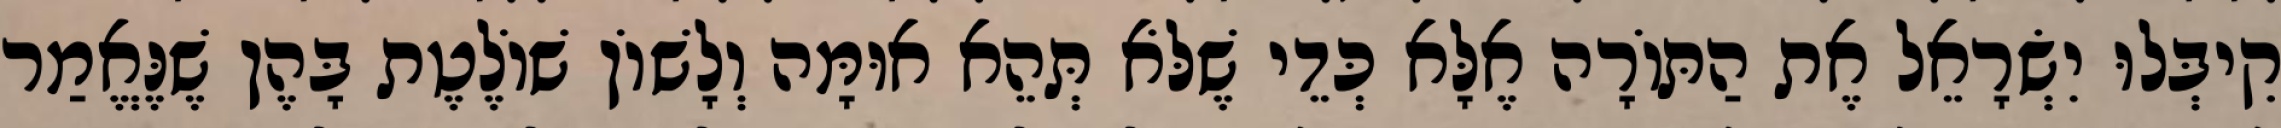
קִיבְּלוּ יִשְׂרָאֵל אֶת הַתּוֹרָה אֶלָּא כְּדֵי שֶׁלֹּא תְּהֵא אוּמָּה וְלָשׁוֹן שׁוֹלֶטֶת בָּהֶן שֶׁנֶּאֱמַר